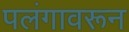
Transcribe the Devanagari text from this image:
पलंगावरून